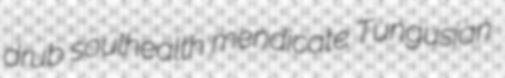
drub soulhealth mendicate Tungusian